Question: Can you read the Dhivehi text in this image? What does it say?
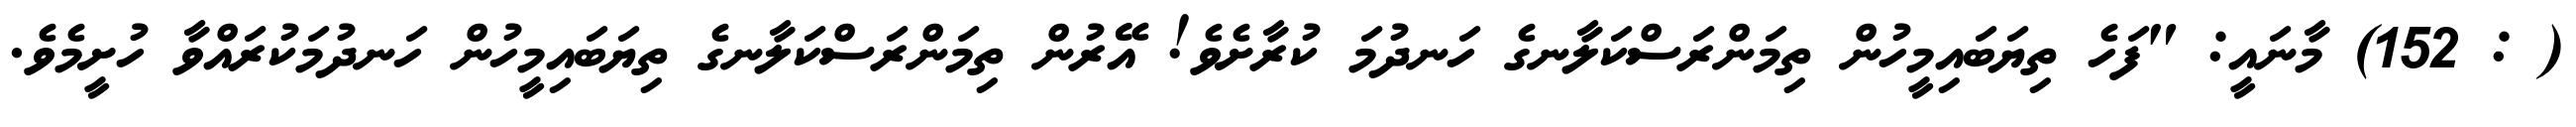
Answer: ( : 152) މާނައީ: "ފަހެ ތިޔަބައިމީހުން ތިމަންރަސްކަލާނގެ ހަނދުމަ ކުރާށެވެ! އޭރުން ތިމަންރަސްކަލާނގެ ތިޔަބައިމީހުން ހަނދުމަކުރައްވާ ހުށީމެވެ.